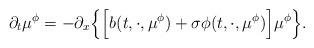
LaTeX: \begin{align*}\partial_t\mu^\phi = -\partial_x\Big\{\Big[ b(t, \cdot, \mu^\phi) + \sigma\phi(t, \cdot, \mu^\phi)\Big]\mu^\phi \Big\} .\end{align*}